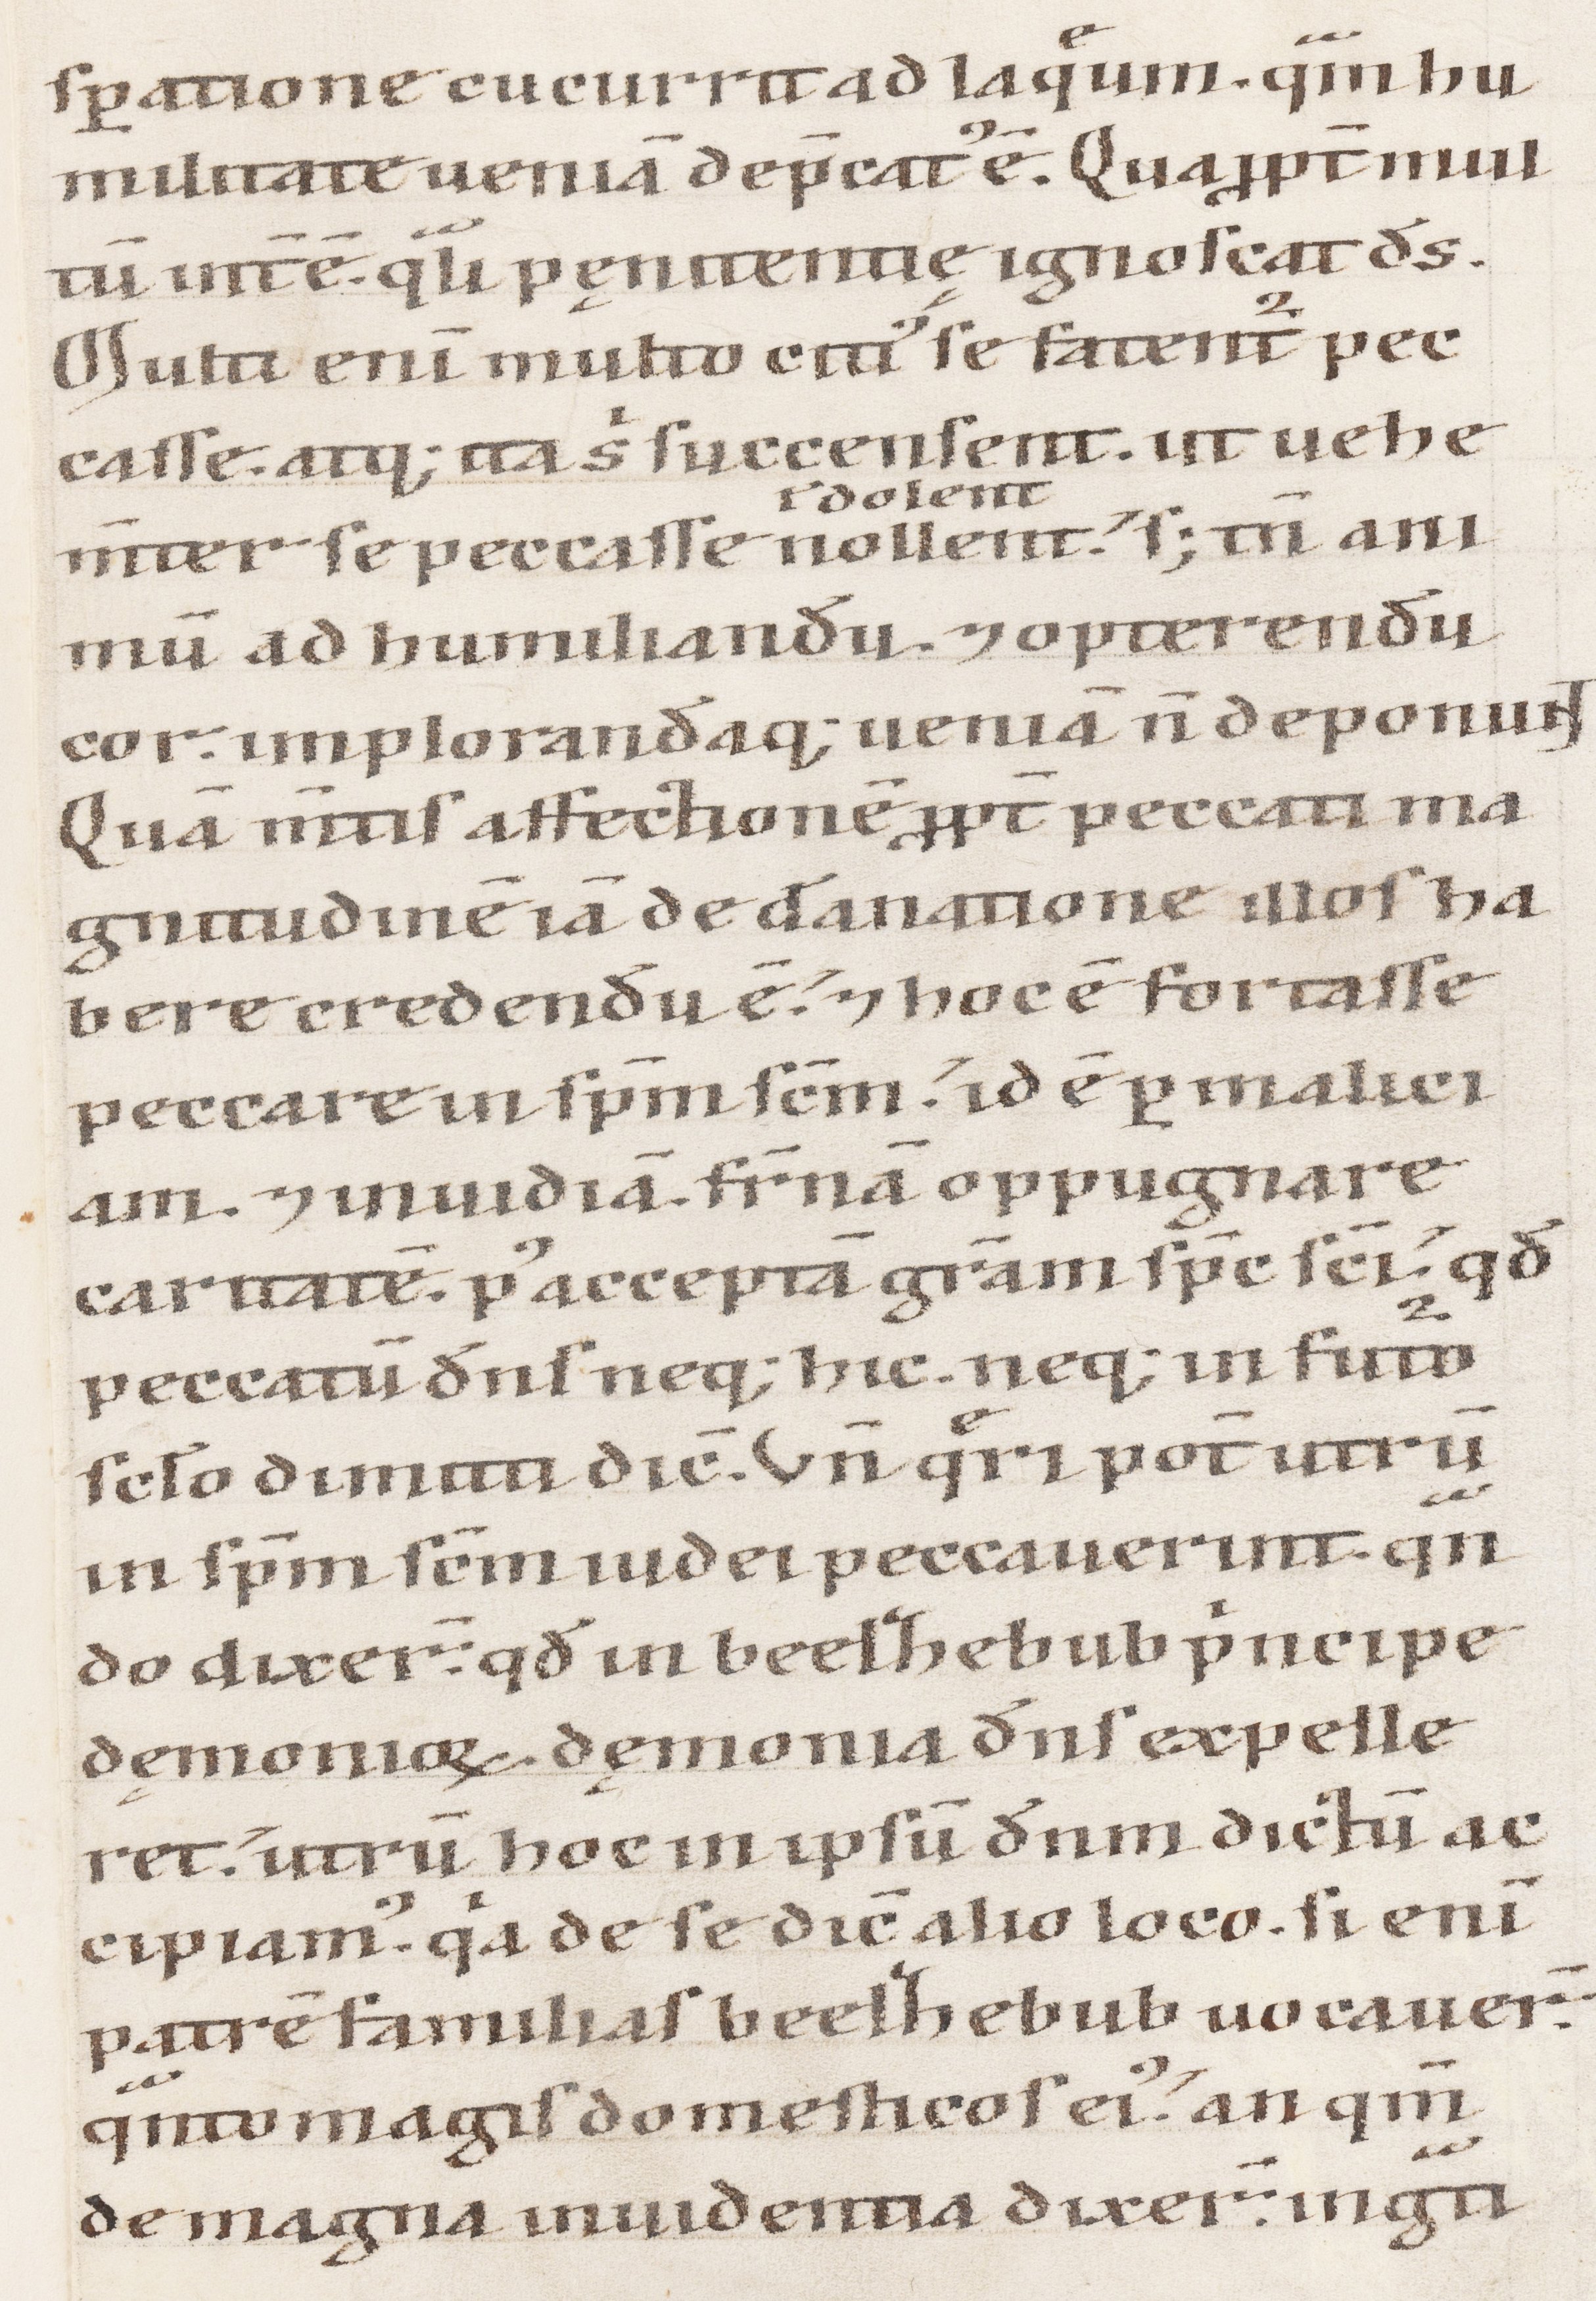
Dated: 1100–1199